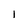
Character: l